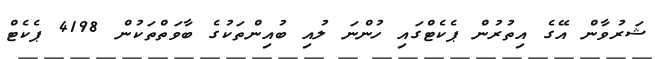
ޝަރުވާން އޭގެ އިތުރުން ޕެކެޓްގައި ހުންނަ ލުއި ބުއިންތަކުގެ ބާވަތްތަކުން 4198 ޕެކެޓް